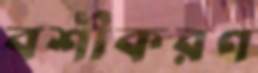
বশীকরণ